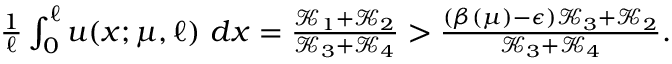
\begin{array} { r } { \frac { 1 } { \ell } \int _ { 0 } ^ { \ell } u ( x ; \mu , \ell ) \ d x = \frac { { \mathcal K } _ { 1 } + { \mathcal K } _ { 2 } } { { \mathcal K } _ { 3 } + { \mathcal K } _ { 4 } } > \frac { ( \beta ( \mu ) - { \epsilon } ) { \mathcal K } _ { 3 } + { \mathcal K } _ { 2 } } { { \mathcal K } _ { 3 } + { \mathcal K } _ { 4 } } . } \end{array}